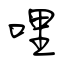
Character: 哩